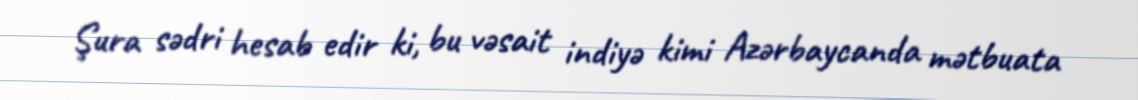
Şura sədri hesab edir ki, bu vəsait indiyə kimi Azərbaycanda mətbuata